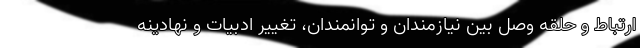
ارتباط و حلقه وصل بین نیازمندان و توانمندان، تغییر ادبیات و نهادینه